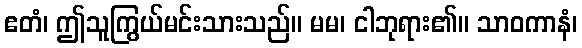
ဧတံ၊ ဤသူကြွယ်မင်းသားသည်။ မမ၊ ငါဘုရား၏။ သာဝကာနံ၊